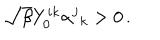
LaTeX: \sqrt { \beta } Y _ { 0 } ^ { i k } \alpha ^ { j } { } _ { k } > 0 \, .